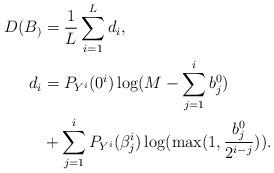
LaTeX: \begin{align*} D(B_) &= \frac{1}{L}\sum_{i=1}^L d_i,\\d_i &= P_{Y^i}(0^i) \log( M- \sum_{j=1}^{i} b_j^0) \\&+ \sum_{j=1}^iP_{Y^i}(\beta_j^i) \log( \max(1, \frac{b_j^0}{2^{i-j}})). \end{align*}